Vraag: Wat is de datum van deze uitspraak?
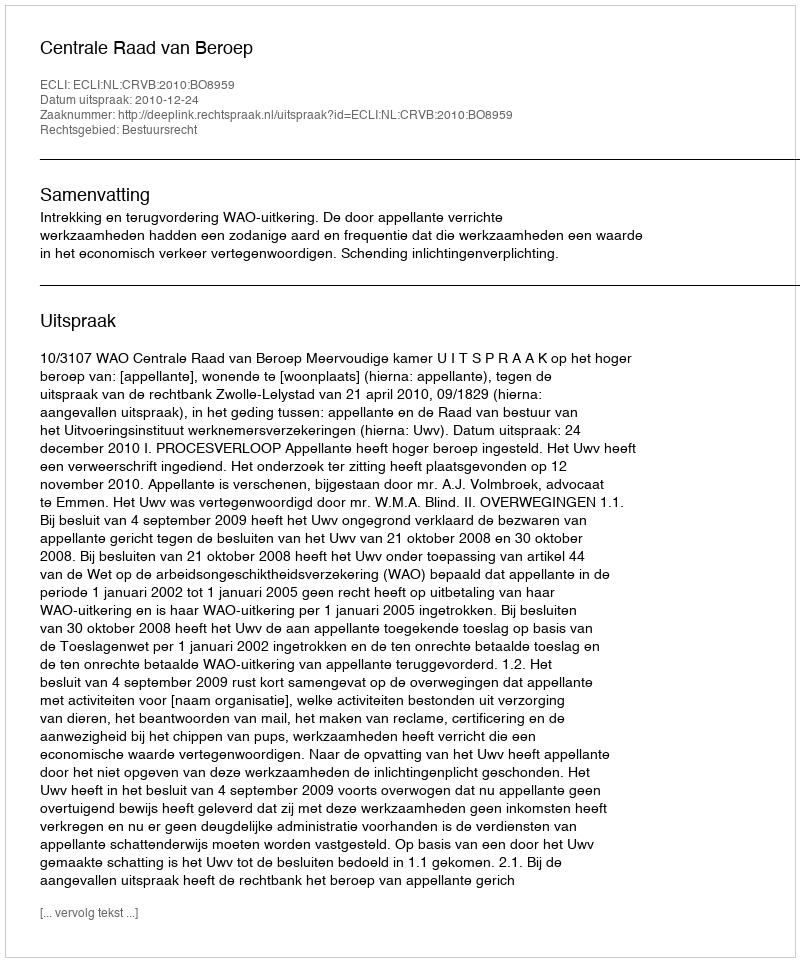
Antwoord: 2010-12-24